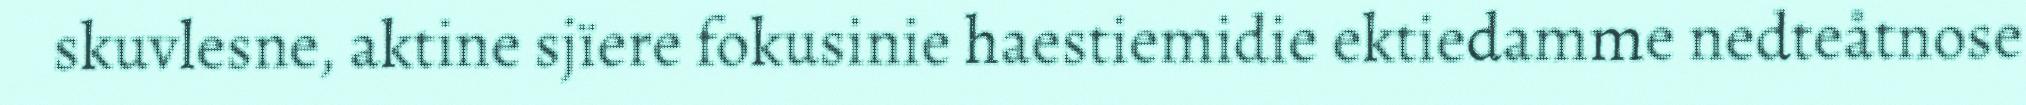
skuvlesne, aktine sjïere fokusinie haestiemidie ektiedamme nedteåtnose